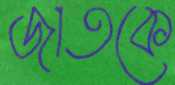
জাতকে